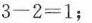
$$3-2=1$$；